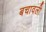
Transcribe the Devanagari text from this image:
बचावली